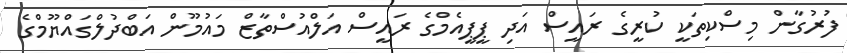
ފުރުގާން މިސްކިތަކީ ކުރީގެ ރައީސް އަދި ޕީޕީއެމްގެ ރައީސް އަލްއުސްތާޒް މައުމޫން އަބްދުލްގައްޔޫމްގެ